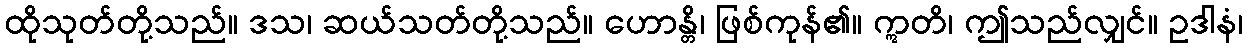
ထိုသုတ်တို့သည်။ ဒသ၊ ဆယ်သတ်တို့သည်။ ဟောန္တိ၊ ဖြစ်ကုန်၏။ ဣတိ၊ ဤသည်လျှင်။ ဥဒါနံ၊